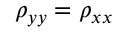
\rho _ { y y } = \rho _ { x x }